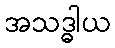
အသဒ္ဓါယ